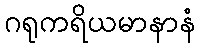
ဂရုကရိယမာနာနံ